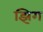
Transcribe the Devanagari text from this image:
झिग